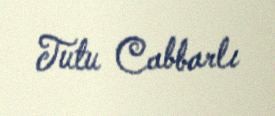
Tutu Cabbarlı